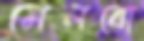
মেলবো